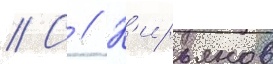
// С // К'ирьянов